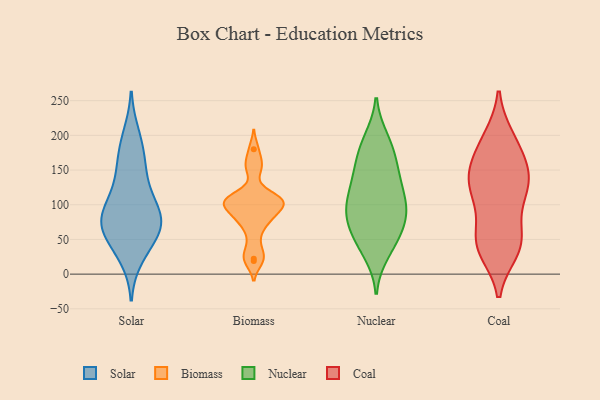
{"axis": {"x": "Satisfaction Score", "y": "Value"}, "legend": ["Biomass", "Coal", "Nuclear", "Solar"], "data": [{"x": "", "y": 90, "type": "Solar"}, {"x": "", "y": 68, "type": "Solar"}, {"x": "", "y": 185, "type": "Solar"}, {"x": "", "y": 73, "type": "Solar"}, {"x": "", "y": 91, "type": "Solar"}, {"x": "", "y": 25, "type": "Solar"}, {"x": "", "y": 70, "type": "Solar"}, {"x": "", "y": 109, "type": "Solar"}, {"x": "", "y": 64, "type": "Solar"}, {"x": "", "y": 150, "type": "Solar"}, {"x": "", "y": 36, "type": "Solar"}, {"x": "", "y": 84, "type": "Solar"}, {"x": "", "y": 61, "type": "Solar"}, {"x": "", "y": 130, "type": "Solar"}, {"x": "", "y": 161, "type": "Solar"}, {"x": "", "y": 200, "type": "Solar"}, {"x": "", "y": 34, "type": "Biomass"}, {"x": "", "y": 113, "type": "Biomass"}, {"x": "", "y": 58, "type": "Biomass"}, {"x": "", "y": 180, "type": "Biomass"}, {"x": "", "y": 22, "type": "Biomass"}, {"x": "", "y": 19, "type": "Biomass"}, {"x": "", "y": 96, "type": "Biomass"}, {"x": "", "y": 80, "type": "Biomass"}, {"x": "", "y": 103, "type": "Biomass"}, {"x": "", "y": 109, "type": "Biomass"}, {"x": "", "y": 104, "type": "Biomass"}, {"x": "", "y": 82, "type": "Biomass"}, {"x": "", "y": 97, "type": "Biomass"}, {"x": "", "y": 77, "type": "Biomass"}, {"x": "", "y": 107, "type": "Biomass"}, {"x": "", "y": 157, "type": "Biomass"}, {"x": "", "y": 107, "type": "Biomass"}, {"x": "", "y": 153, "type": "Biomass"}, {"x": "", "y": 30, "type": "Nuclear"}, {"x": "", "y": 95, "type": "Nuclear"}, {"x": "", "y": 147, "type": "Nuclear"}, {"x": "", "y": 112, "type": "Nuclear"}, {"x": "", "y": 44, "type": "Nuclear"}, {"x": "", "y": 80, "type": "Nuclear"}, {"x": "", "y": 67, "type": "Nuclear"}, {"x": "", "y": 89, "type": "Nuclear"}, {"x": "", "y": 191, "type": "Nuclear"}, {"x": "", "y": 125, "type": "Nuclear"}, {"x": "", "y": 80, "type": "Nuclear"}, {"x": "", "y": 195, "type": "Nuclear"}, {"x": "", "y": 136, "type": "Nuclear"}, {"x": "", "y": 42, "type": "Nuclear"}, {"x": "", "y": 148, "type": "Nuclear"}, {"x": "", "y": 166, "type": "Nuclear"}, {"x": "", "y": 179, "type": "Nuclear"}, {"x": "", "y": 60, "type": "Nuclear"}, {"x": "", "y": 96, "type": "Nuclear"}, {"x": "", "y": 107, "type": "Nuclear"}, {"x": "", "y": 125, "type": "Coal"}, {"x": "", "y": 105, "type": "Coal"}, {"x": "", "y": 58, "type": "Coal"}, {"x": "", "y": 182, "type": "Coal"}, {"x": "", "y": 133, "type": "Coal"}, {"x": "", "y": 44, "type": "Coal"}, {"x": "", "y": 167, "type": "Coal"}, {"x": "", "y": 196, "type": "Coal"}, {"x": "", "y": 47, "type": "Coal"}, {"x": "", "y": 34, "type": "Coal"}, {"x": "", "y": 138, "type": "Coal"}, {"x": "", "y": 38, "type": "Coal"}, {"x": "", "y": 42, "type": "Coal"}, {"x": "", "y": 147, "type": "Coal"}, {"x": "", "y": 100, "type": "Coal"}, {"x": "", "y": 129, "type": "Coal"}, {"x": "", "y": 145, "type": "Coal"}, {"x": "", "y": 195, "type": "Coal"}]}